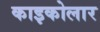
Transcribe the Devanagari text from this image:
काइकोलार